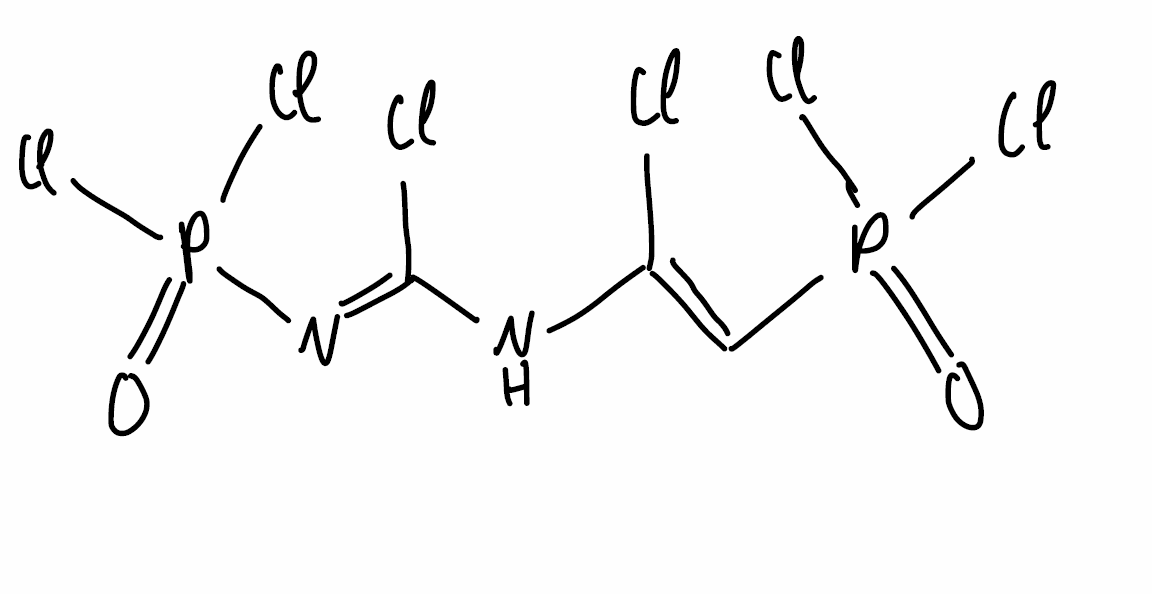
Simplified molecular-input line-entry system (SMILES) notation of the given molecule:
C(=C(/N/C(=N/P(=O)(Cl)Cl)/Cl)\Cl)\P(=O)(Cl)Cl